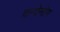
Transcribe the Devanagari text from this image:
दन्देनोग